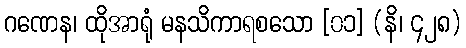
ဂဏေန၊ ထိုအာရုံ မနသိကာရစသော [၀၁] (နိ၊ ၄၂၈)